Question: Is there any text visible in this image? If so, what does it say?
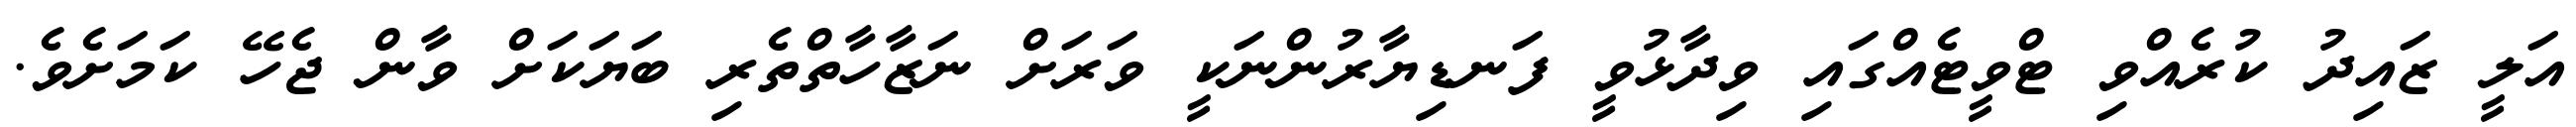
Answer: އަލީ ޒައިދު ކުރެއްވި ޓްވީޓެއްގައި ވިދާޅުވީ ފަނޑިޔާރުންނަކީ ވަރަށް ނަޒާހާތްތެރި ބަޔަކަށް ވާން ޖެހޭ ކަމަށެވެ.